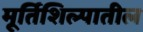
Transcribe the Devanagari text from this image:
मूर्तिशिल्पातील